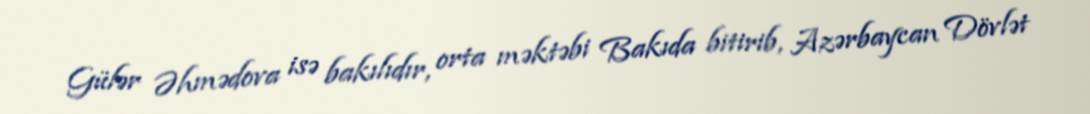
Gülər Əhmədova isə bakılıdır, orta məktəbi Bakıda bitirib, Azərbaycan Dövlət